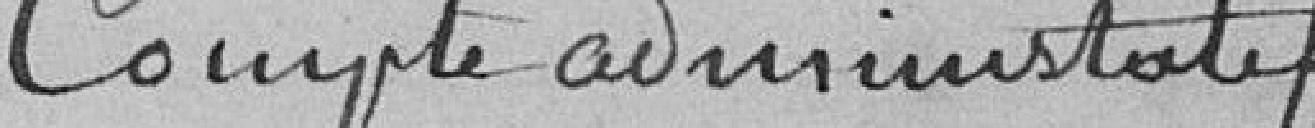
Compte administratif